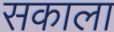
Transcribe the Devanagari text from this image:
सकाला